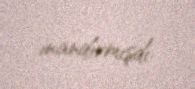
inandırmışdı.